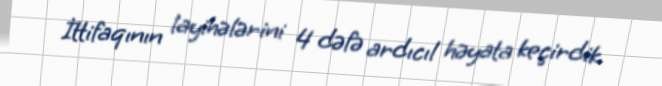
İttifaqının layihələrini 4 dəfə ardıcıl həyata keçirdik.